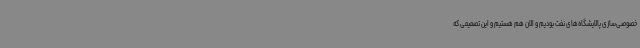
خصوصی‌سازی پالایشگاه‌های نفت بودیم و الان هم هستیم و این تصمیمی که